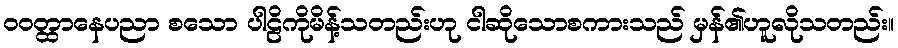
ဝဝတ္ထာနေပညာ စသော ပါဠိကိုမိန့်သတည်းဟု ငါဆိုသောစကားသည် မှန်၏ဟူလိုသတည်း။